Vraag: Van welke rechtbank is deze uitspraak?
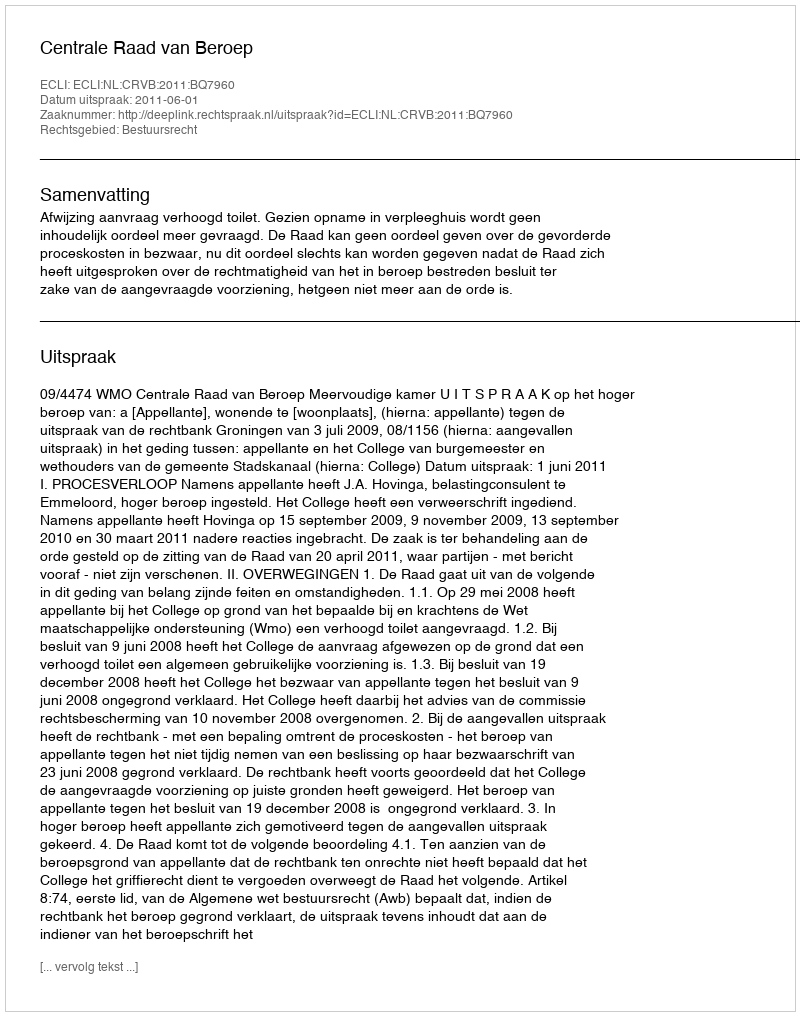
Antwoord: Centrale Raad van Beroep